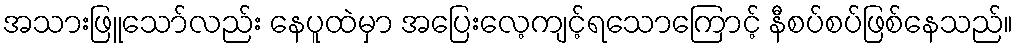
အသားဖြူသော်လည်း နေပူထဲမှာ အပြေးလေ့ကျင့်ရသောကြောင့် နီစပ်စပ်ဖြစ်နေသည်။